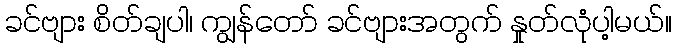
ခင်ဗျား စိတ်ချပါ၊ ကျွန်တော် ခင်ဗျားအတွက် နှုတ်လုံပါ့မယ်။